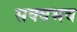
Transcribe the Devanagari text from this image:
सक्वभव